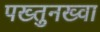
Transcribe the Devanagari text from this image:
पख्तुनख्वा